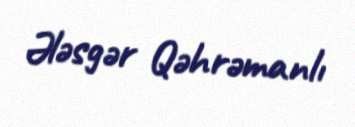
Ələsgər Qəhrəmanlı